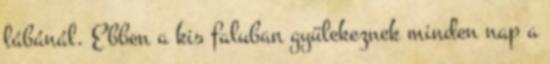
lábánál. Ebben a kis faluban gyülekeznek minden nap a